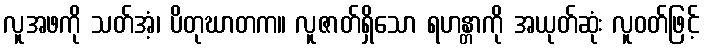
လူအဖကို သတ်အံ့၊ ပိတုဃာတက။ လူဇာတ်ရှိသော ရဟန္တာကို အယုတ်ဆုံး လူဝတ်ဖြင့်